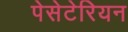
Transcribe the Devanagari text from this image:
पेसेटेरियन